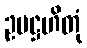
ဥပဋ္ဌဟိတုံ